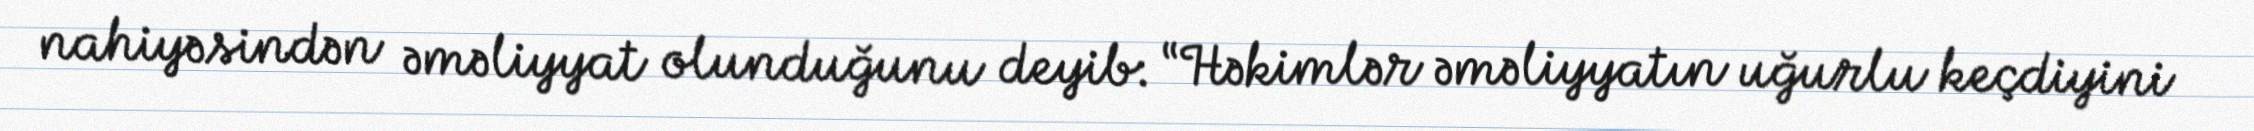
nahiyəsindən əməliyyat olunduğunu deyib: “Həkimlər əməliyyatın uğurlu keçdiyini